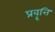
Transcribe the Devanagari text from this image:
प्रवॄत्ति